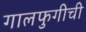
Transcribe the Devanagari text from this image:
गालफुगीची